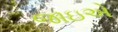
જાઇએ